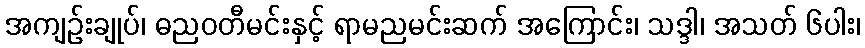
အကျဉ်းချုပ်၊ ဓညဝတီမင်းနှင့် ရာမညမင်းဆက် အကြောင်း၊ သဒ္ဒါ၊ အသတ် ၆ပါး၊